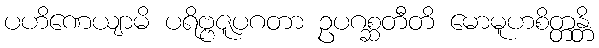
ပဟိဏေယျာမိ ပရိဗ္ဗဇူပဂတာ ဥပဂစ္ဆတီတိ မောမူဟစိတ္တန္တိ